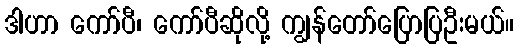
ဒါဟာ ကော်ပီ၊ ကော်ပီဆိုလို့ ကျွန်တော်ပြောပြဦးမယ်။